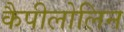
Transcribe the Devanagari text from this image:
कैपीलोलिन